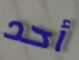
أحد